Civil Veterinary Department. Central Provinces & Berar 1932-41 - 1932-1941
Year: 1932
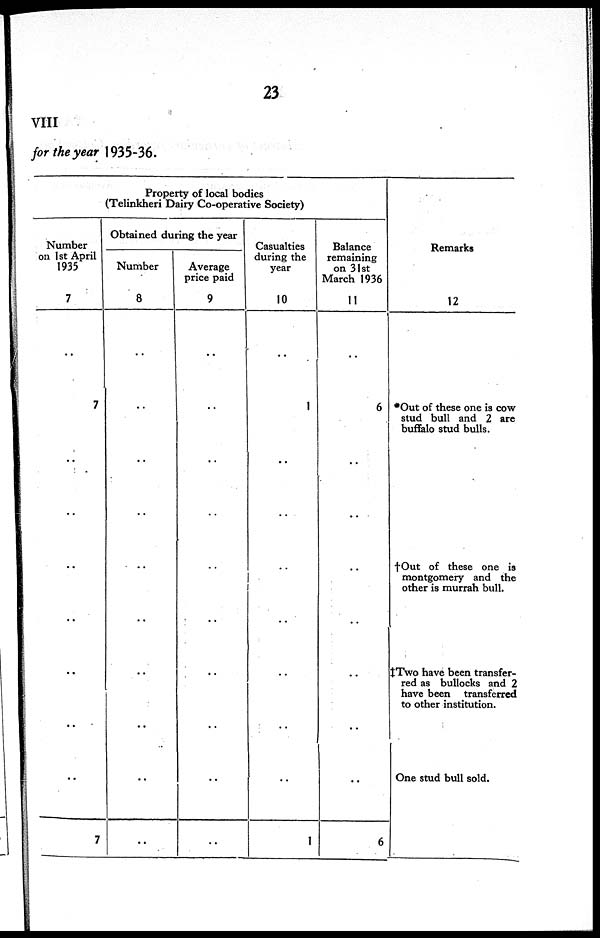
23
VIII
for the year 1935-36.
Property of local bodies
(Telinkheri Dairy Co-operative Society)
Number
on 1st April
1935
7
..
7
..
..
..
..
..
..
..
7
Obtained during the year
Number
8
..
..
..
..
..
..
..
..
..
..
Average
price paid
9
..
..
..
..
..
..
..
..
..
..
Casualties
during the
year
10
..
1
..
..
..
..
..
..
..
1
Balance
remaining
on 31st
March 1936
11
..
6
..
..
..
..
..
..
..
6
Remarks
12
•Out of these one is cow
stud bull and 2 are
buffalo stud bulls.
†Out of these one is
montgomery and the
other is murrah bull.
‡Two have been transfer-
red as bullocks and 2
have been transferred
One stud bull sold.